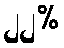
၂၂%